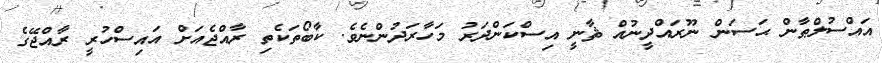
އައްސުލްޠާން ޙަސަން ނޫރައްދީނުއް ޘާނީ އިސްކަންދަރު މަހާރަދުންނެވެ. ކާބޯތަކެތި ރާއްޖެއަށް އައިސްހުރީ ރާއްޖޭގެ